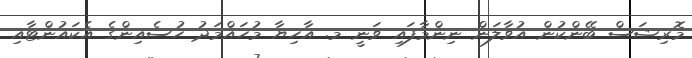
މޮރިޝަސް ބޭންކުން އުވާލަން ނިންމާފައި ވަނީ މ. އާހިޔާ މުހައްމަދު ހުސެއިންގެ އެކައުންޓާއި